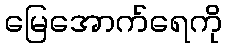
မြေအောက်ရေကို